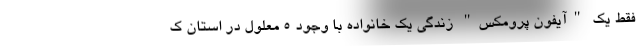
فقط یک "آیفون پرومکس" زندگی یک خانواده با وجود 5 معلول در استان ک